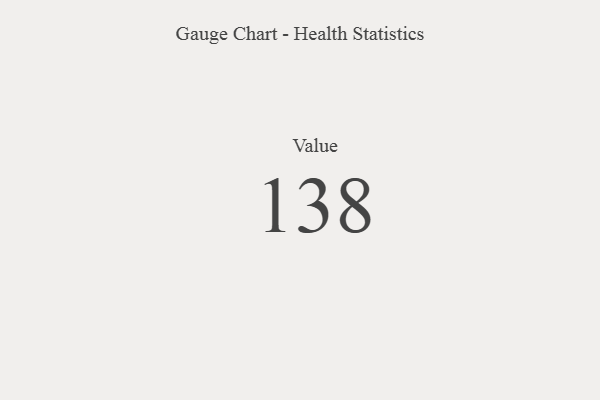
{"axis": {"x": "Metric", "y": "Value"}, "legend": [""], "data": [{"x": "Value", "y": 138, "type": ""}]}